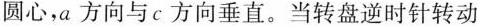
圆心，a方向与c方向垂直。当转盘逆时针转动